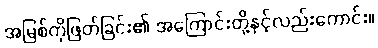
အမြစ်ကိုဖြတ်ခြင်း၏ အကြောင်းတို့နှင့်လည်းကောင်း။